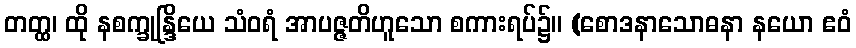
တတ္ထ၊ ထို နစက္ခုန္ဒြိယေ သံဝရံ အာပဇ္ဇတိဟူသော စကားရပ်၌။ (စောဒနာသောဓနာ နယော ဧဝံ